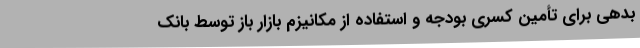
بدهی برای تأمین کسری بودجه و استفاده از مکانیزم بازار باز توسط بانک